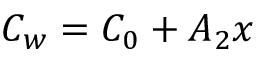
C _ { w } = C _ { 0 } + A _ { 2 } x